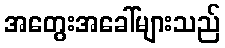
အတွေးအခေါ်များသည်